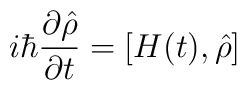
i\hbar \frac{\partial \hat{\rho}}{\partial t} = \left[H(t),\hat{\rho}\right]